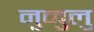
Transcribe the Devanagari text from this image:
नुव्वुलु